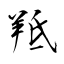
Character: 羝